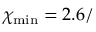
\chi _ { \mathrm { m i n } } = 2 . 6 /